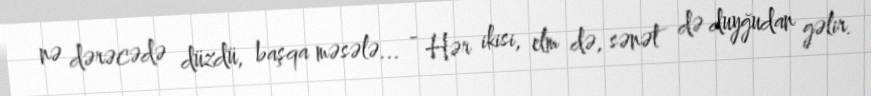
nə dərəcədə düzdü, başqa məsələ... - Hər ikisi, elm də, sənət də duyğudan gəlir.